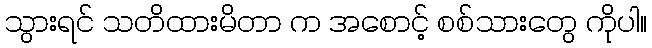
သွားရင် သတိထားမိတာ က အစောင့် စစ်သားတွေ ကိုပါ။